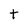
Character: t